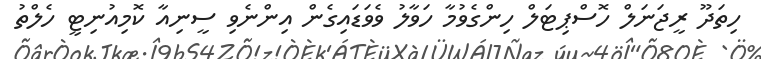
ހިތަދޫ ރީޖަނަލް ހޮސްޕިޓަލް ހިންގެވުމާ ހަވާލު ވެވަޑައިގެން އިންނެވި ސީނިއާ ކޮމިއުނިޓީ ހެލްތު